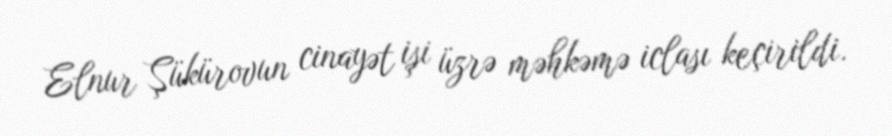
Elnur Şükürovun cinayət işi üzrə məhkəmə iclası keçirildi.